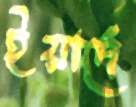
ইয়াদেঁ